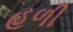
હળી